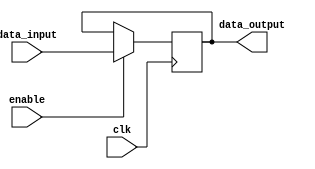
module TimingControlAndSync (
    input wire clk,
    input wire enable,
    input wire [31:0] data_input,
    output reg [31:0] data_output
);

reg [31:0] delay_data;

always @(posedge clk) begin
    if(enable) begin
        delay_data <= data_input;
    end
end

assign data_output = delay_data;

endmodule